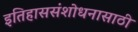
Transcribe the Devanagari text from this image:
इतिहाससंशोधनासाठी